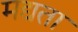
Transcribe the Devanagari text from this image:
मद्यता